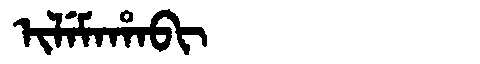
Manchu: ᡳᠯᡝᠮᠠᡥᠠᠪᡳ
Romanization: ILEMAHABI